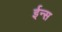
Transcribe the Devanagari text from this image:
ईन्स